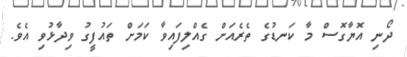
ދޯނި އޮޔާގޮސް މާ ކަނޑުގެ ތެރެއަށް ގެއްލިފައިވާ ކަމަށް ތައުފީގު ވިދާޅުވި އެވެ.